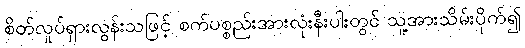
စိတ်လှုပ်ရှားလွန်းသဖြင့် စက်ပစ္စည်းအားလုံးနီးပါးတွင် သူ့အားသိမ်းပိုက်၍